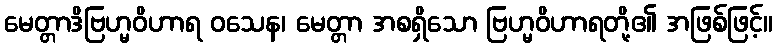
မေတ္တာဒိဗြဟ္မဝိဟာရ ဝသေန၊ မေတ္တာ အစရှိသော ဗြဟ္မဝိဟာရတို့၏ အဖြစ်ဖြင့်။